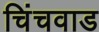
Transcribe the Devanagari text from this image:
चिंचवाड